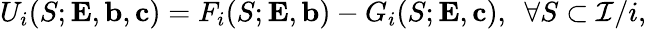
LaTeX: U_{i}(S;{\mathbf{E}},{\mathbf{b}},{\mathbf{c}})=F_{i}(S;{\mathbf{E}},{\mathbf{b}})-G_{i}(S;{\mathbf{E}},{\mathbf{c}}),~~\forall S\subset{\mathcal{I}/i},